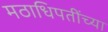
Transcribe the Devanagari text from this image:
मठाधिपतींच्या